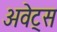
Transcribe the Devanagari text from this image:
अवेट्स